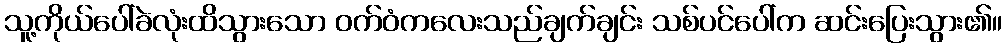
သူ့ကိုယ်ပေါ်ခဲလုံးထိသွားသော ဝက်ဝံကလေးသည်ချက်ချင်း သစ်ပင်ပေါ်က ဆင်းပြေးသွား၏။